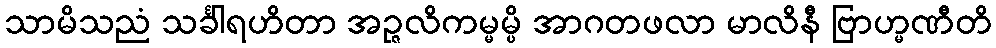
သာမိသညံ သင်္ခါရဟိတာ အဉ္ဇလိကမ္မမ္ပိ အာဂတဖလာ မာလိနီ ဗြာဟ္မဏီတိ